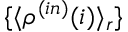
\{ \langle \rho ^ { ( i n ) } ( i ) \rangle _ { r } \}